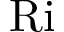
\mathrm { R i }